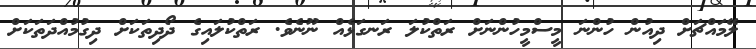
ލޭމައްޗަށް ދިއުން ހުންނަ މީސްމީހުންނަށް ރަތްކުލަ ރަނގަޅެއް ނޫނެވެ. ރަތްކުލައިގެ ދޯދިތަކަށް ދިގުމުއްދަތަކަށް